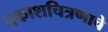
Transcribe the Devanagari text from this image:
प्रकाशचित्रणाचे